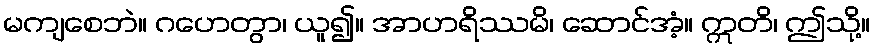
မကျစေဘဲ။ ဂဟေတွာ၊ ယူ၍။ အာဟရိဿမိ၊ ဆောင်အံ့။ ဣတိ၊ ဤသို့။